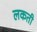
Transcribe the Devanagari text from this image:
लकती